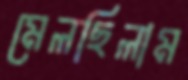
মেলছিলাম